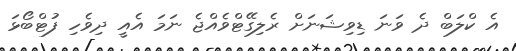
އެ ކްލަބް ދެ ވަނަ ޑިވިޝަނަށް ރެލިގޭޓްވެއްޖެ ނަމަ އެއީ ދިވެހި ފުޓްބޯޅަ